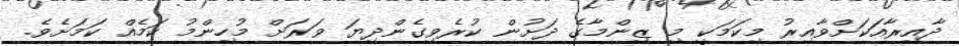
ދާއިރާއަކަށްވާއިރު މިކަމަކީ މި ޒިންމާގެ ދަށުން ކުރެވިގެންދިޔަ ވަރަށް މުހިންމު ކަމެއް ކަމަށެވެ.